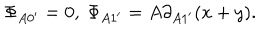
LaTeX: \Phi _ { A 0 ^ { \prime } } = 0 , \ \Phi _ { A 1 ^ { \prime } } = A \partial _ { A 1 ^ { \prime } } ( x + y ) .